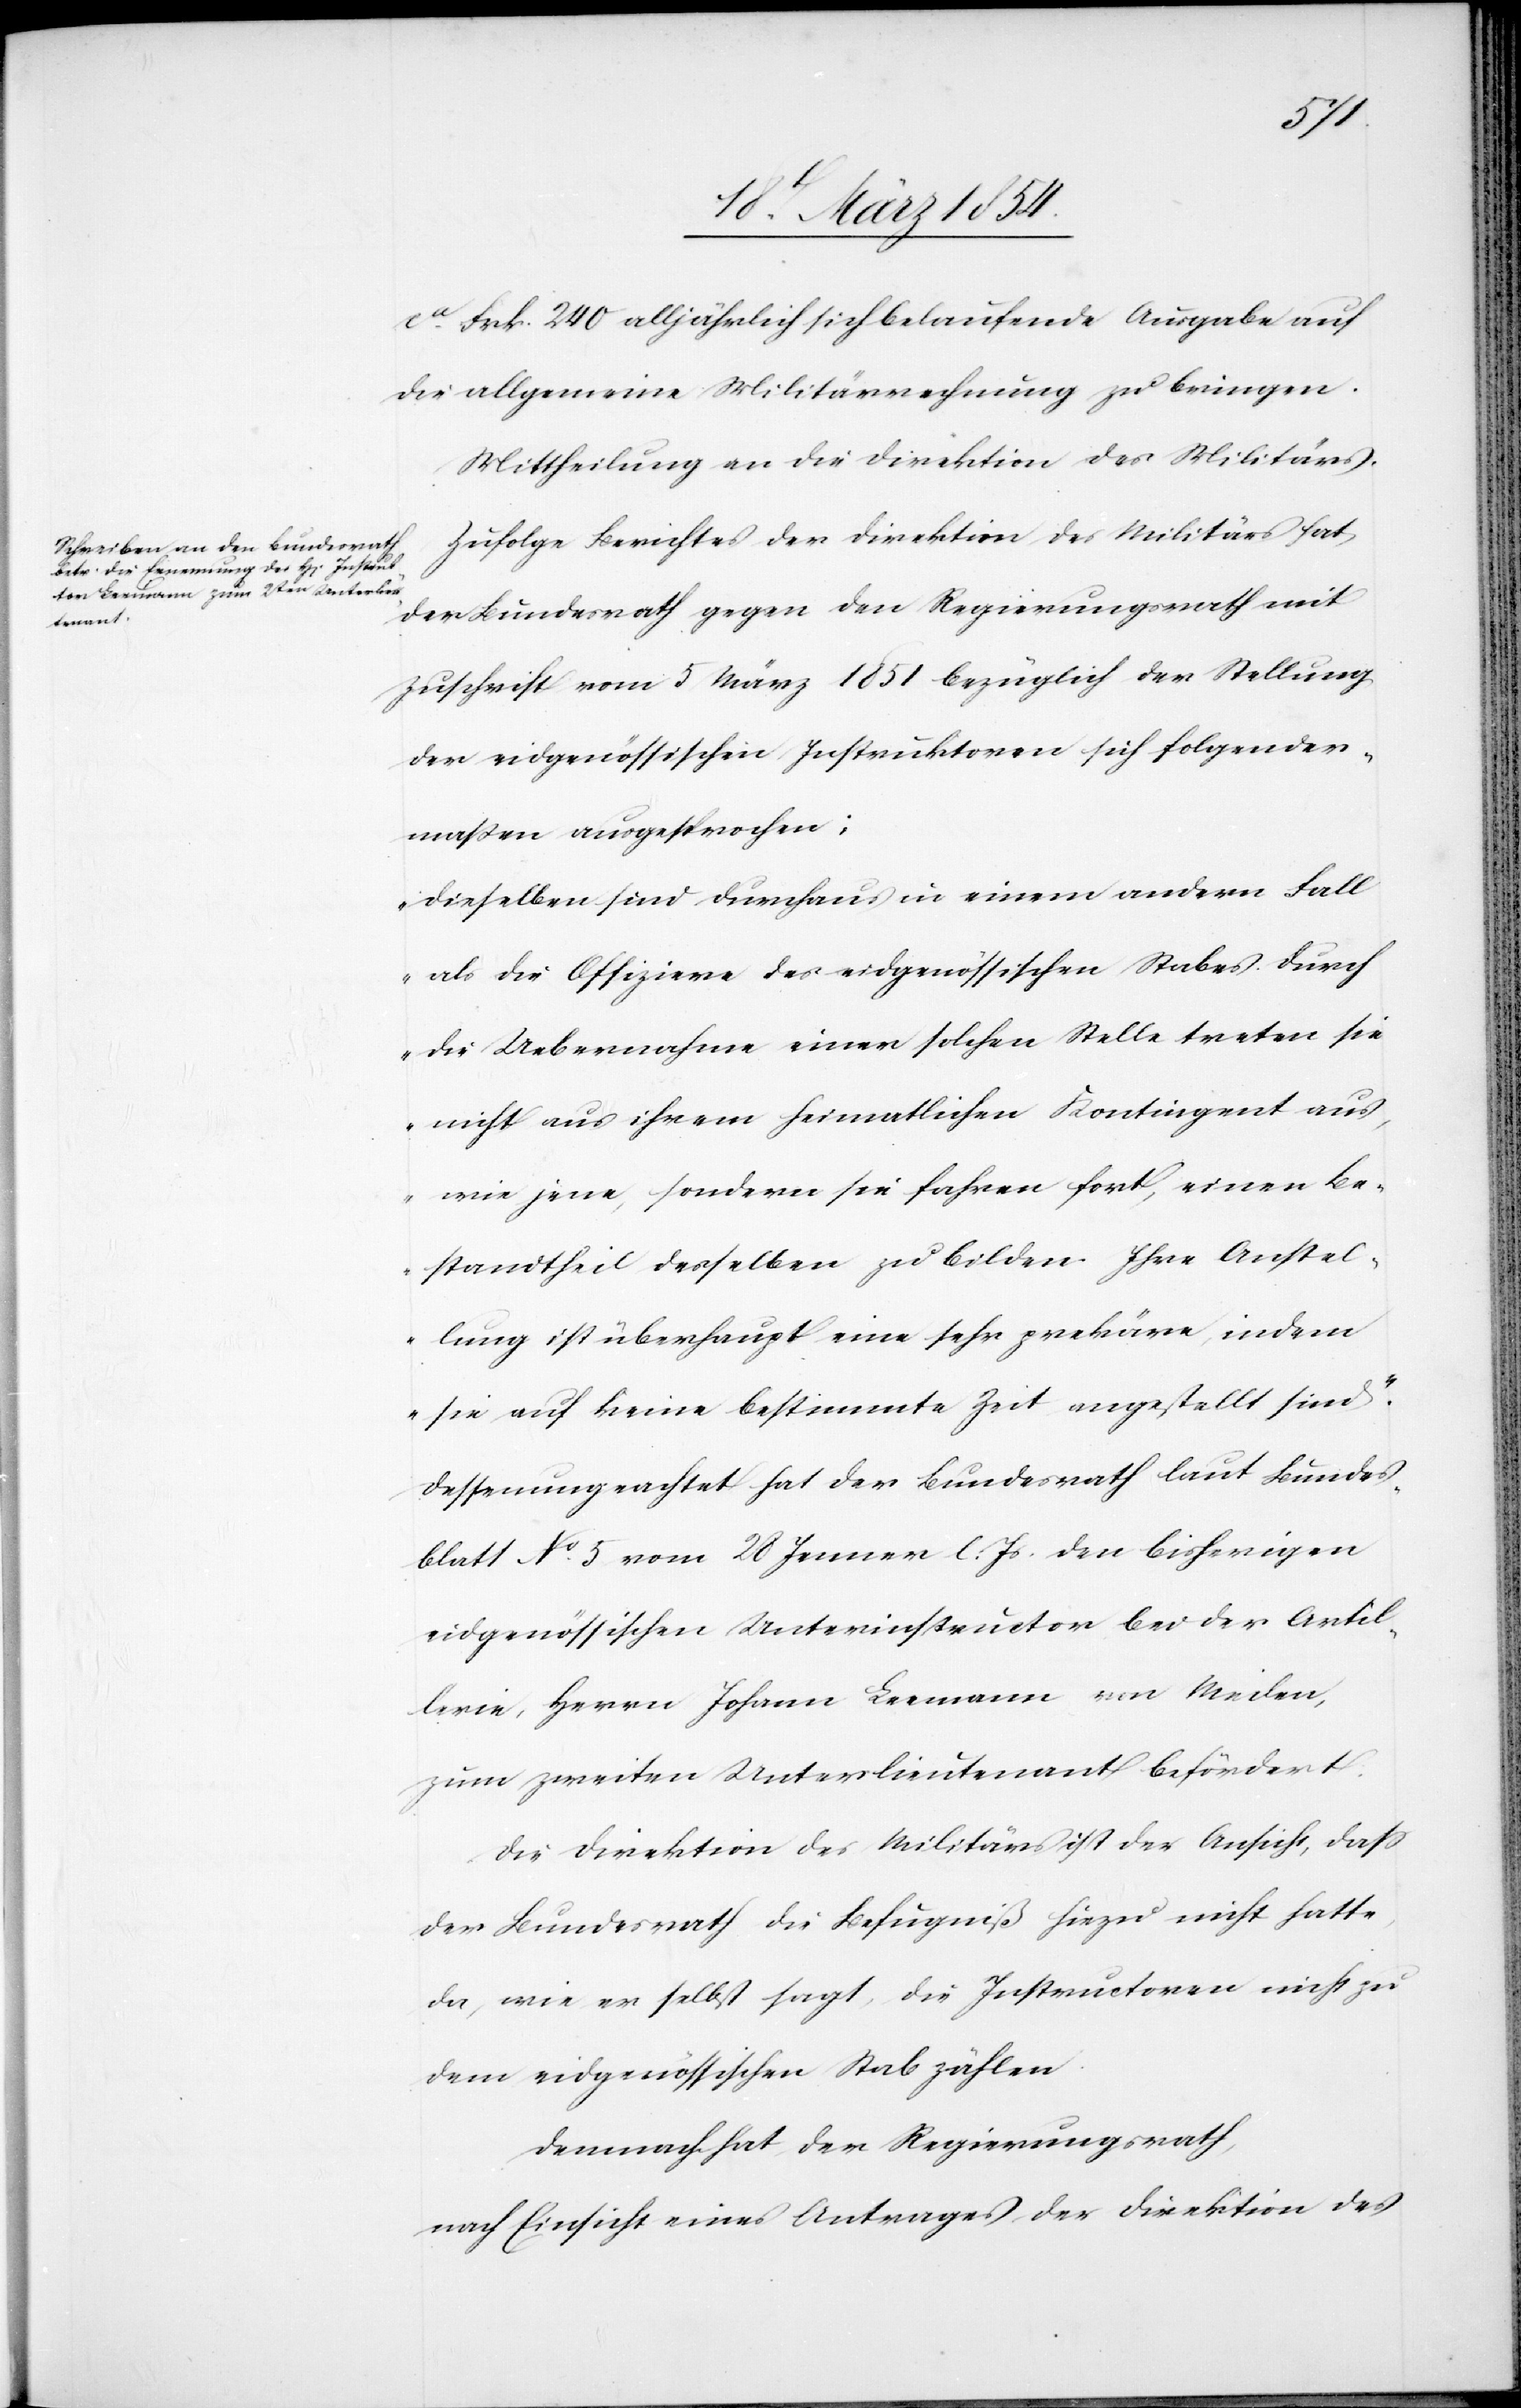
ca Frk. 240 alljährlich sich belaufende Ausgabe auf
die allgemeine Militärrechnung zu bringen.
Mittheilung an die Direktion des Militärs.
Zufolge Berichtes der Direktion des Militärs hat
der Bundesrath gegen den Regierungsrath mit
Zuschrift vom 5 März 1851 bezüglich der Stellung
der eidgenössischen Instruktoren sich folgender¬
maßen ausgesprochen:
„Dieselben sind durchaus in einem andern Fall
als die Offiziere des eidgenössischen Stabes durch
die Uebernahme einer solchen Stelle treten sie
nicht aus ihrem heimatlichen Kontingent aus,
wie jene, sondern sie fahren fort, einen Be¬
standtheil derselben zu bilden. Ihre Anstel¬
lung ist überhaupt eine sehr prekäre, indem
sie auf keine bestimmte Zeit angestellt sind.“
Dessenungeachtet hat der Bundesrath laut Bundes¬
blatt No 5 vom 28 Jenner l. Js. den bisherigen
eidgenössischen Unterinstructor bei der Artil¬
lerie, Herrn Johann Leemann von Meilen,
zum zweiten Unterlieutenant befördert.
Die Direktion des Militärs ist der Ansicht, daß
der Bundesrath die Befugniß hiezu nicht hatte,
da, wie er selbst sagt, die Instructoren nicht zu
dem eidgenössischen Stab zählen.
Demnach hat der Regierungsrath,
nach Einsicht eines Antrages der Direktion des